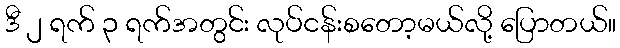
ဒီ ၂ ရက် ၃ ရက်အတွင်း လုပ်ငန်းစတော့မယ်လို့ ပြောတယ်။